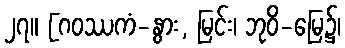
၂၇။ [ဂဝဿကံ-နွား, မြင်း၊ ဘုဝိ-မြေ၌၊